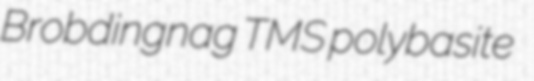
Brobdingnag TMS polybasite